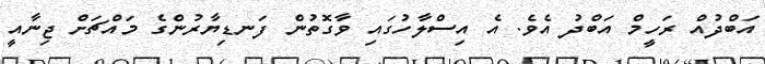
އަބްދުއް ރަހީމް އަބްދު އެވެ. އެ އިސްލާހުގައި ވާގޮތުން ފަނޑިޔާރުންގެ މައްޗަށް ޖިނާއީ